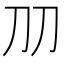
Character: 𠚪